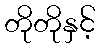
တိုတိုနှင့်